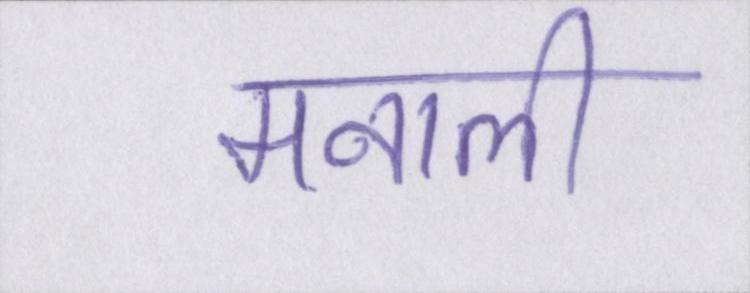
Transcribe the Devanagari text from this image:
मनाली